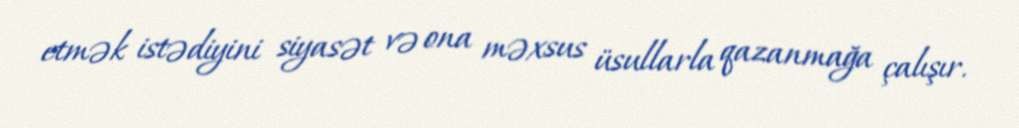
etmək istədiyini siyasət və ona məxsus üsullarla qazanmağa çalışır.